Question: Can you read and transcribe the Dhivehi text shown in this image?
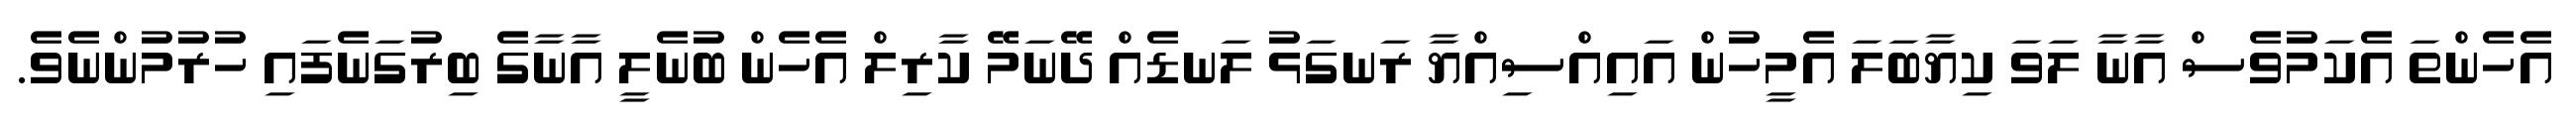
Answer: އެހެންތަ އެކަމުވެސް އާނާ ލަވަ ކިޔާބަލަ އެމީހުން އައިއްސިއްޔާ ރަނގަޅު ލަނޑެއް ދޭނަމޭ ކާރިލް އެހެން ބުނެލީ އާނާގެ ބިރުގަނެފައި ހުރުމުންނެވެ.